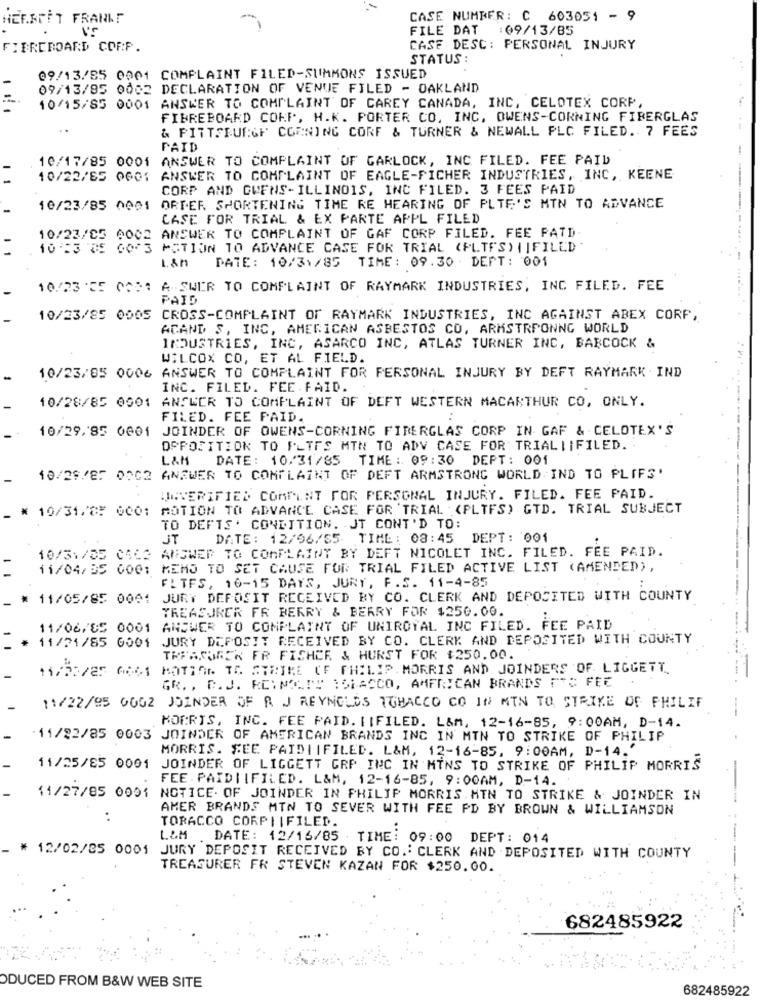
HEESCIT FRANKT
CASE NUMBER: C 603051 - 9
FILE DAT :09/13/85
FIBREBOARD CORP.
CASE DESC: PERSONAL INJURY
STATUS :
09/13/85 0001 COMPLAINT FILED-SUMMONS ISSUED
09/13/85 0002 DECLARATION OF VENUE FILED - OAKLAND
=
10/15/85 0001 ANSWER TO COMPLAINT OF CAREY CANADA, INC, CELOTEX CORP
FIBREBOARD CORP, H.K. PORTER CO. INC, OWENS-CORNING FIBERGLAS
& PITTSBURGH CORNING CORF & TURNER & NEWALL PLC FILED. 7 FEES
PAID
10/17/85 0001 ANSWER TO COMPLAINT OF GARLOCK, INC FILED. FEE PAID
10/22/85 0GG1 ANSWER TO COMPLAINT OF EAGLE-FICHER INDUSTRIES, INC, KEENE
CORP AND OVENS-ILLINOIS, INC FILED. 3 FEES PAID
10/23/85 0001
ORDER SHORTENING TIME RE HEARING OF PLTE'S MIN TO ADVANCE
CASE FOR TRIAL & EX PARTE APPL FILED
10/23/05 0002 ANSWER TO COMPLAINT OF GAF CORP FILED. FEE PATD
1 1
10.23 85 60^3 MOTION TO ADVANCE CASE FOR TRIAL (FLTES)||FILED"
L&M
DATE: 10/31/85 TIME: 09.30 · DEPT: 001
10/23 'E5 0051 A-SWER TO COMPLAINT OF RAYMARK INDUSTRIES, INC FILED. FEE
PAID
10/23/85 0005 CROSS-COMPLAINT OF RAYMARK INDUSTRIES, INC AGAINST ABEX CORP,
ACAND S, INC, AMERICAN ASBESTOS CO, ARMSTRPONNG WORLD
INDUSTRIES, INC, ASARCO INC, ATLAS TURNER INC, BABCOCK &
WILCOX CO, ET AL FIELD.
10/23/85 0006 ANSWER TO COMPLAINT FOR PERSONAL INJURY BY DEFT RAYMARK IND
INC. FILED. FEE FAID.
10/28/85 0001 ANSWER TO COMPLAINT OF DEFT WESTERN MACARTHUR CO, ONLY.
FILED. FEE PAID.
10/29. 85 0001 JOINDER OF OWENS-CORNING FIBERGLAS CORP IN GAF & CELOTEX'S
OPPOSITIOK TO PLTFS MTN TO ADV CASE FOR TRIALIIFILED.
L&M
DATE: 10/31/85 TIME : 09:30 DEPT: 001
10/29/85 0002 ANSWER TO COMPLAINT OF DEFT ARMSTRONG WORLD IND TO PLIFS'
UNVERIFIED COMMENT FOR PERSONAL INJURY. FILED. FEE PAID.
_ * 10/31.85 0001
MOTION TO ADVANCE CASE FOR 'TRIAL (PLIFS) GTD. TRIAL SUBJECT
TO DEFTS. CONDITION. JT CONT'D TO:
JT
DATE: 12/96/55 TIME: 08:45 DEPT: 001
ANSWER TO COMPLAINT BY DEFT NICOLET INC. FILED. FEE PAID.
10/31/05 0463
11/04/35 000: MEMO TO SET CAUSE FOR TRIAL FILED ACTIVE LIST (AMENDED),
FLTFS, 16-15 DAYS, JURY, F. S. 11-4-85
* 11/05/85 0001
JURY DEPOSIT RECEIVED BY CO. CLERK AND DEPOSITED WITH COUNTY
TREASURER FR BERRY & BERRY FOR $250.00.
11/06/05 0001
ANSWER TO COMPLAINT OF UNIROYAL INC FILED. FEE PAID
11/21/85 0001 JURY DEPOSIT RECEIVED BY CO. CLERK AND DEPOSITED WITH COUNTY
TREASURER FR FISHER & HURST FOR $250.00.
MOTION TO STRIKE CF PHILIP. MORRIS AND JOINDERS OF. LIGGETT
14/53/25 6061
GR. , B. J. KCINOLIT ISKACCO, AMERICAN BRANDS FES FEE
11/22/95 0002 JOINDER OF R J REYNOLDS TOBACCO CO IN MTN TO STRIKE OF PHILIF
MORRIS, INC. FEE PAID. IIFILED. L&M, 12-16-85, 9:00AM, D-14.
. 11/82/85 0003 JOINDER OF AMERICAN BRANDS INC IN MIN TO STRIKE OF PHILIP
MORRIS. SEE PAIDIIFILED. L&M, 12-16-85, 9:00AM, D-14."
11/25/85 0001 JOINDER OF LIGGETT GRP INC IN MINS TO STRIKE OF PHILIP MORRIS
FEE. PAIDIIFILED. L&M, 12-16-85, 9:00AM, D-14.
11/27/85 0001 NOTICE. OF JOINDER IN PHILIP MORRIS.MIN TO STRIKE & JOINDER IN
AMER BRANDS MIN TO SEVER WITH FEE PD BY BROWN & WILLIAMSON
TORACCO CORPIIFILED.
L&M DATE: 12/16/85 TIME: 09:00 DEPT: 014
* 12/02/85 0001 JURY DEPOSIT RECEIVED BY CO .: CLERK AND . DEPOSITED WITH COUNTY
TREASURER FR STEVEN KAZAN FOR $250.00.
-
682485922
ODUCED FROM B&W WEB SITE
682485922